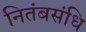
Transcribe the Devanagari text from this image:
नितंबसंधि